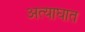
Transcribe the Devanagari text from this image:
अत्याघात